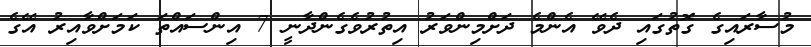
މުސާރައިގެ ގޮތުގައި ދެވޭ އެންމެ ދަށްމިންވަރު އިތުރުވެގެންދާނީ 7 އިންސައްތަ ކަމަށްވާއިރު އޭގެ